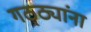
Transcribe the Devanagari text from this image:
गठ्ठ्यांना